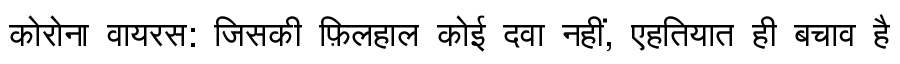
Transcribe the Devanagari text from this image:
कोरोना वायरस: जिसकी फ़िलहाल कोई दवा नहीं, एहतियात ही बचाव है